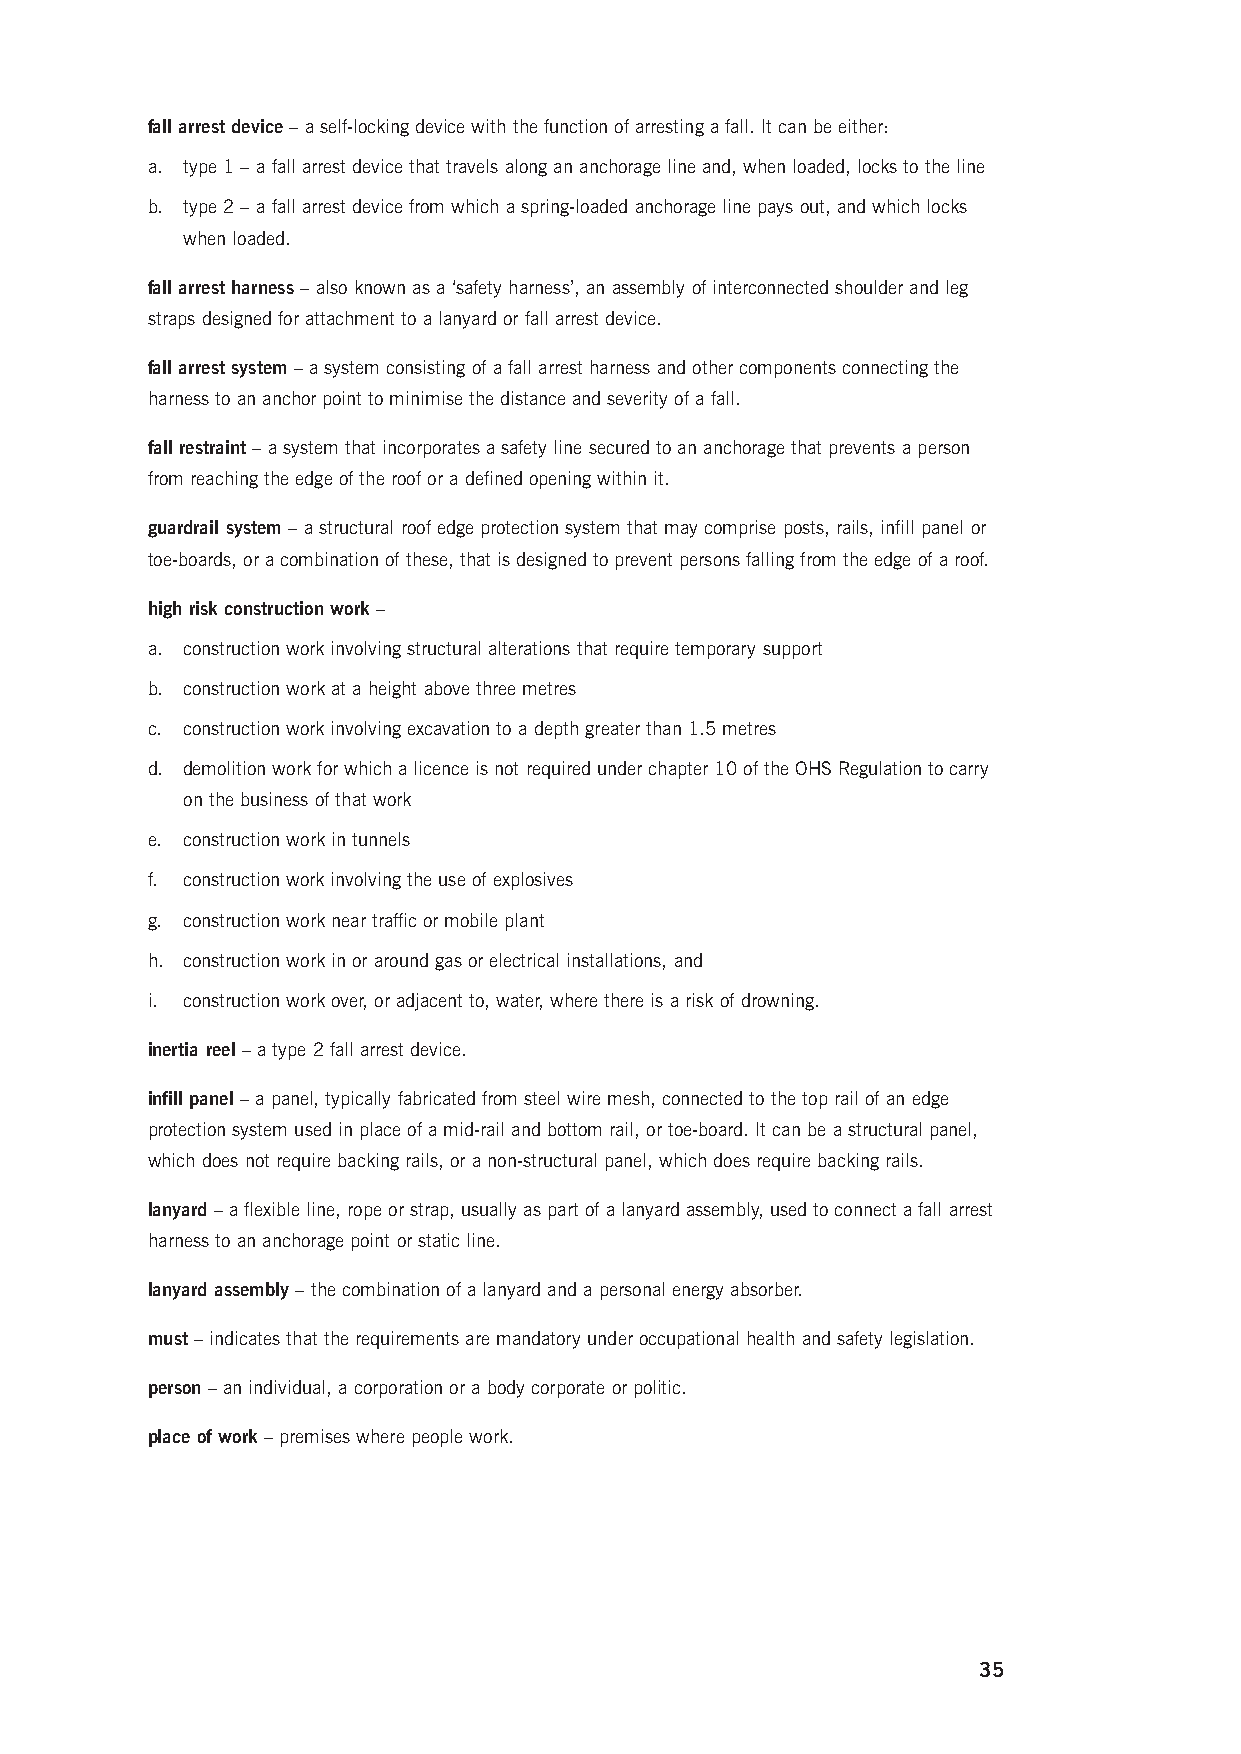
fall arrest device – a self-locking device with the function of arresting a fall. It can be either:
 a. type 1 – a fall arrest device that travels along an anchorage line and, when loaded, locks to the line
 b. type 2 – a fall arrest device from which a spring-loaded anchorage line pays out, and which locks
 when loaded.
 fall arrest harness – also known as a ‘safety harness’, an assembly of interconnected shoulder and leg
 straps designed for attachment to a lanyard or fall arrest device.
 fall arrest system – a system consisting of a fall arrest harness and other components connecting the
 harness to an anchor point to minimise the distance and severity of a fall.
 fall restraint – a system that incorporates a safety line secured to an anchorage that prevents a person
 from reaching the edge of the roof or a defined opening within it.
 guardrail system – a structural roof edge protection system that may comprise posts, rails, infill panel or
 toe-boards, or a combination of these, that is designed to prevent persons falling from the edge of a roof.
 high risk construction work –
 a. construction work involving structural alterations that require temporary support
 b. construction work at a height above three metres
 c. construction work involving excavation to a depth greater than 1.5 metres
 d. demolition work for which a licence is not required under chapter 10 of the OHS Regulation to carry
 on the business of that work
 e. construction work in tunnels
 f. construction work involving the use of explosives
 g. construction work near traffic or mobile plant
 h. construction work in or around gas or electrical installations, and
 i. construction work over, or adjacent to, water, where there is a risk of drowning.
 inertia reel – a type 2 fall arrest device.
 infill panel – a panel, typically fabricated from steel wire mesh, connected to the top rail of an edge
 protection system used in place of a mid-rail and bottom rail, or toe-board. It can be a structural panel,
 which does not require backing rails, or a non-structural panel, which does require backing rails.
 lanyard – a flexible line, rope or strap, usually as part of a lanyard assembly, used to connect a fall arrest
 harness to an anchorage point or static line.
 lanyard assembly – the combination of a lanyard and a personal energy absorber.
 must – indicates that the requirements are mandatory under occupational health and safety legislation.
 person – an individual, a corporation or a body corporate or politic.
 place of work – premises where people work.
 35